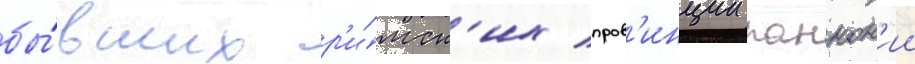
бы́вших р'и́мск'их пров'инции паннон'ии